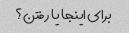
برای اینجا یا رفتن؟